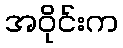
အဝိုင်းက